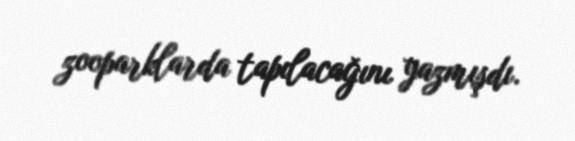
zooparklarda tapılacağını yazmışdı.